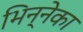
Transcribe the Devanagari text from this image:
भिन्नेका